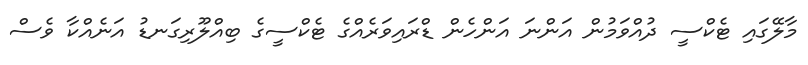
މާލޭގައި ޓެކްސީ ދުއްވަމުން އަންނަ އަންހެން ޑްރައިވަރެއްގެ ޓެކްސީގެ ބިއްލޫރިގަނޑު އަނެއްކާ ވެސް